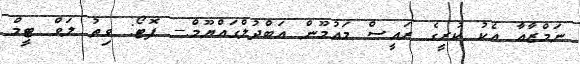
ނަމްޒާއާ އެކު ކުރީގެ ރައީސް މައުމޫން އަބްދުލްގައްޔޫމް.-- ފޮޓޯ: ވިތު ލަވް ޓީމް